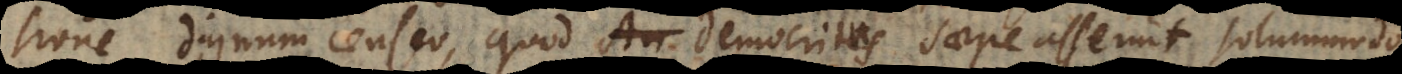
ione dignum censeo, quod Ari Democritus saepe asseruit solummodo